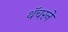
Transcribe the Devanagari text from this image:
थॅचरने